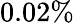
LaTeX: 0.02\%